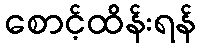
စောင့်ထိန်းရန်